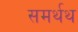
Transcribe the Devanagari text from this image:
समर्थथ